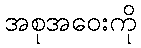
အစုအဝေးကို